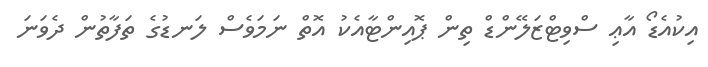
އިކުއެޑޯ އާޢި ސްވިޓްޒަލޭންޑް ތިން ޕޮއިންޓާއެކު އޮތް ނަމަވެސް ލަނޑުގެ ތަފާތުން ދެވަނަ